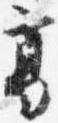
葛